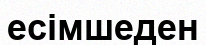
есімшеден